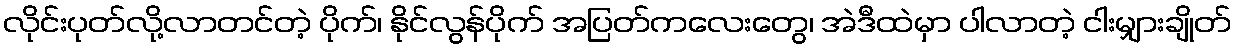
လိုင်းပုတ်လို့လာတင်တဲ့ ပိုက်၊ နိုင်လွန်ပိုက် အပြတ်ကလေးတွေ၊ အဲဒီထဲမှာ ပါလာတဲ့ ငါးမျှားချိုတ်